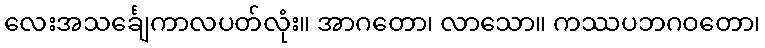
လေးအသင်္ချေကာလပတ်လုံး။ အာဂတော၊ လာသော။ ကဿပဘဂဝတော၊